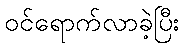
ဝင်ရောက်လာခဲ့ပြီး